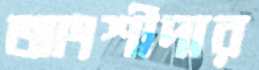
আংশীদার